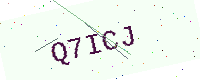
Text: Q7ICJ